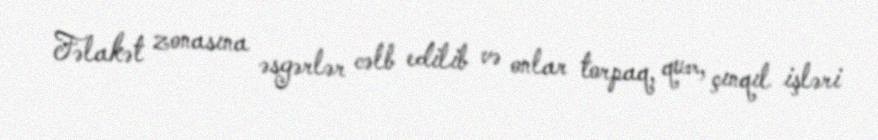
Fəlakət zonasına əsgərlər cəlb edilib və onlar torpaq, qum, çınqıl işləri